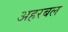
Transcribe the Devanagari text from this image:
अहरबल